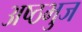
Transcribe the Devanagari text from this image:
अष्ठभुज